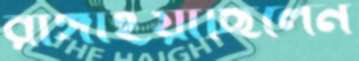
রাঙ্গাইয়াছিলেন